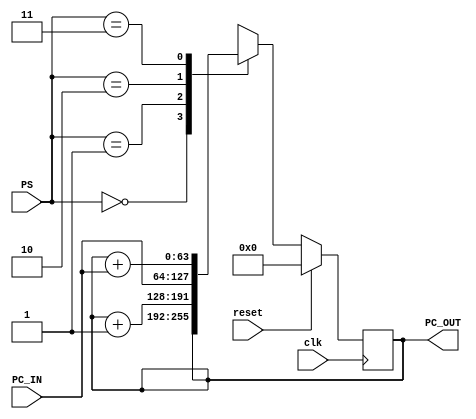
`timescale 10ns/10ns
module Program_Counter (clk, reset, PS, PC_IN, PC_OUT);
	input clk, reset; 
	input [1:0] PS;
	input[63:0] PC_IN;
	output [63:0] PC_OUT;

	reg[63:0] PC;
	
	assign PC_OUT = PC;
	
	initial begin
		PC <= 0;
	end
	
	always @(posedge clk) begin		
		if(reset == 1) PC <= 0;
		else begin	
			case (PS)
			2'b00: begin
				PC <= PC;//Stall PC
				end
				
			2'b01: begin //increment PC
				PC <= PC + 16'h1;
				end
			2'b10: begin //load input value to set PC to jump to a spot in the code
				PC <= PC_IN; 
				end
			2'b11: begin //offset PC by input value
				PC <= PC + PC_IN; 
				end
			default begin
				PC <= 0;
				end
			endcase
		end
	end
endmodule